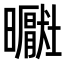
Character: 𪱑